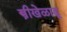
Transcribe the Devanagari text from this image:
स्त्रीखेळाडू